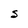
Character: S